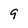
Character: 9